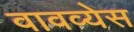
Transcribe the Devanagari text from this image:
वावव्येस